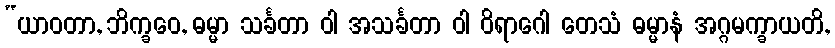
“ယာဝတာ, ဘိက္ခဝေ, ဓမ္မာ သင်္ခတာ ဝါ အသင်္ခတာ ဝါ ဝိရာဂေါ တေသံ ဓမ္မာနံ အဂ္ဂမက္ခာယတိ,